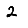
Digit: 2